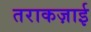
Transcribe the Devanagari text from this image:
तराकज़ाई